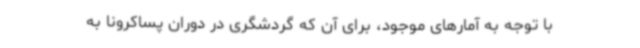
با توجه به آمارهای موجود، برای آن که گردشگری در دوران پساکرونا به